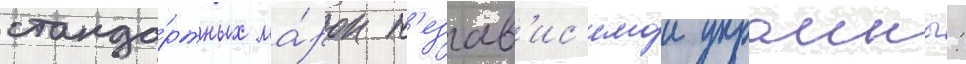
станда́ртных ма́рок н'езав'ис'имои украины: